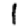
Digit: 1